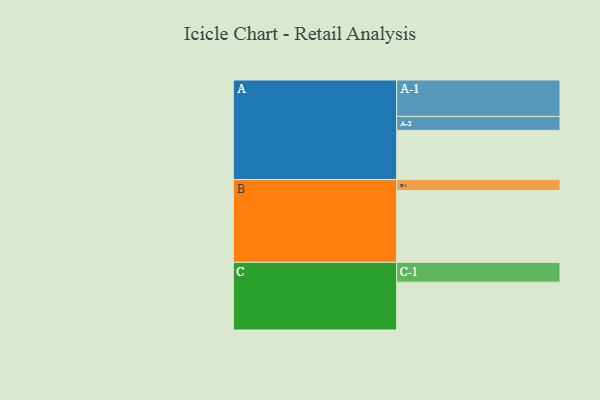
{"axis": {"x": "Segment", "y": "Value"}, "legend": ["", "A", "B", "C"], "data": [{"x": "A", "y": 393, "type": ""}, {"x": "B", "y": 573, "type": ""}, {"x": "C", "y": 382, "type": ""}, {"x": "A-1", "y": 291, "type": "A"}, {"x": "A-2", "y": 111, "type": "A"}, {"x": "B-1", "y": 87, "type": "B"}, {"x": "C-1", "y": 158, "type": "C"}]}